Report on vaccination North-West Frontier Province 1904-1922 - 1904-1922
Year: 1904
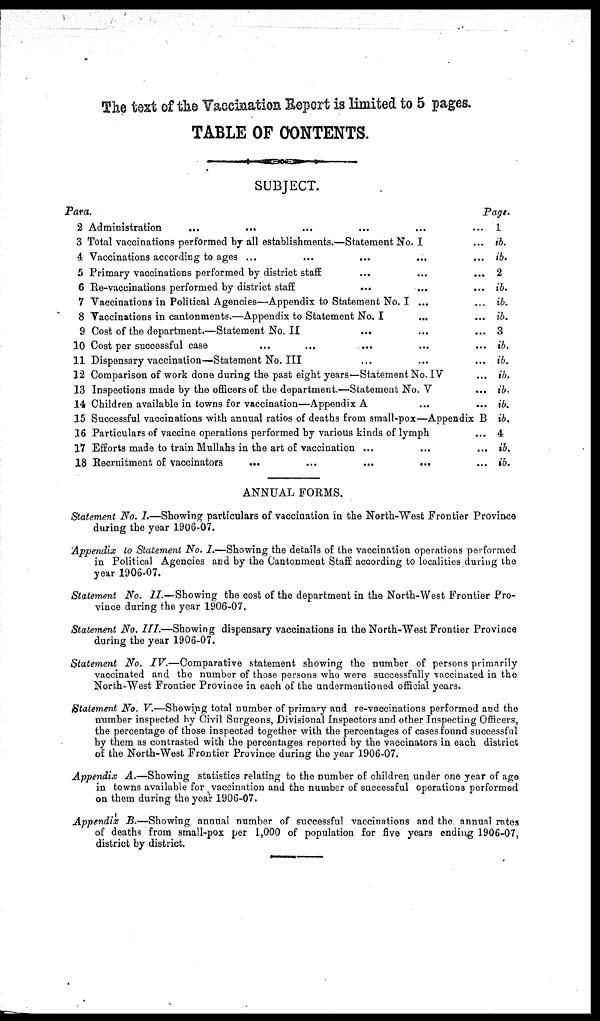
The text of the Vaccination Report is limited to 5 pages.
TABLE OF CONTENTS.
Para.
2
3
4
5
6
7
8
9
10
11
12
13
14
15
16
17
18
SUBJECT.
Administration ... ... ... ... ... ...
Total vaccinations performed by all establishments.—Statement No. I ...
Vaccinations according to ages ... ... ... ... ...
Primary vaccinations performed by district staff ... ... ...
Re-vaccinations performed by district staff ... ... ...
Vaccinations in Political Agencies—Appendix to Statement No. I ... ...
Vaccinations in cantonments.—Appendix to Statement No. I ... ...
Cost of the department.—Statement No. II ... ... ...
Cost per successful case ... ... ... ... ...
Dispensary vaccination—Statement No. III ... ... ...
Comparison of work done during the past eight years—Statement No. IV ...
Inspections made by the officers of the department.—Statement No. V ...
Children available in towns for vaccination—Appendix A ... ...
Successful vaccinations with annual ratios of deaths from small-pox—Appendix B
Particulars of vaccine operations performed by various kinds of lymph ...
Efforts made to train Mullahs in the art of vaccination ... ... ...
Recruitment of vaccinators
...
...
...
... ...
ANNUAL FORMS.
Page.
1
ib.
ib.
2
ib.
ib.
ib.
3
ib.
ib.
ib.
ib.
ib.
ib.
4
ib.
ib.
Statement No. I.—Showing particulars of vaccination in the North-West Frontier Province
during the year 1906-07.
Appendix to Statement No. I.—Showing the details of the vaccination operations performed
in Political Agencies and by the Cantonment Staff according to localities during the
year 1906-07.
Statement No. II.—Showing the cost of the department in the North-West Frontier Pro-
vince during the year 1906-07.
Statement No. III.—Showing
dispensary vaccinations in the North-West Frontier Province
during the year 1906-07.
Statement No. IV.—Comparative
statement showing the number of persons primarily
vaccinated and the number of those persons who were successfully vaccinated in the
North-West Frontier Province in each of the undermentioned official years.
Statement No. V.—Showing total number of primary and re-vaccinations performed and the
number inspected by Civil Surgeons, Divisional Inspectors and other Inspecting Officers,
the percentage of those inspected together with the percentages of cases found successful
by them as contrasted with the percentages reported by the vaccinators in each district
of the North-West Frontier Province during the year 1906-07.
Appendix A.—Showing statistics relating to the number of children under one year of age
in towns available for vaccination and the number of successful operations performed
on them during the year 1906-07.
Appendix B.—Showing annual number of successful vaccinations and the annual rates
of deaths from small-pox per 1,000 of population for five years ending 1906-07,
district by district.